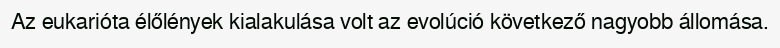
Az eukarióta élőlények kialakulása volt az evolúció következő nagyobb állomása.